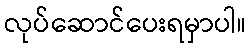
လုပ်ဆောင်ပေးရမှာပါ။